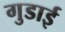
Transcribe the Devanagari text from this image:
गुडाई